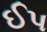
ઈપ